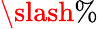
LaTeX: \slash\%